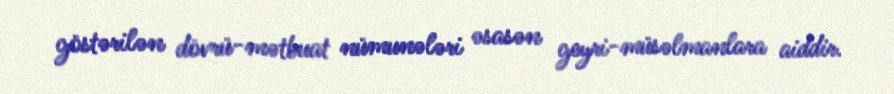
göstərilən dövrü-mətbuat nümunələri əsasən geyri-müsəlmanlara aiddir.